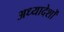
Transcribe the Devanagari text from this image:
अध्‍यादेशों